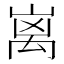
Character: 𮂬